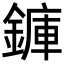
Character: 龲